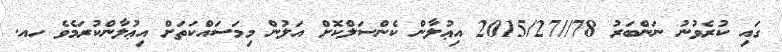
ގައި ކުރެވުނު ނަންބަރު 78//2015/27 އިޢުލާން ކެންސަލްކޮށް އަލުން މިމަސައްކަތަށް އިޢުލާންކުރަމެވެ ހއ.